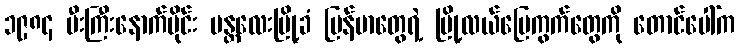
၁၉၈၄ မီးကြီးနောက်ပိုင်း မန္တလေးမြို့ခံ မြန်မာတွေရဲ့ မြို့လယ်မြေကွက်တွေကို တောင်ပေါ်က